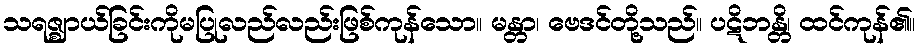
သရဇ္ဈာယ်ခြင်းကိုမပြုလည်လည်းဖြစ်ကုန်သော။ မန္တာ၊ ဗေဒင်တို့သည်။ ပဋိဘန္တိ၊ ထင်ကုန်၏။